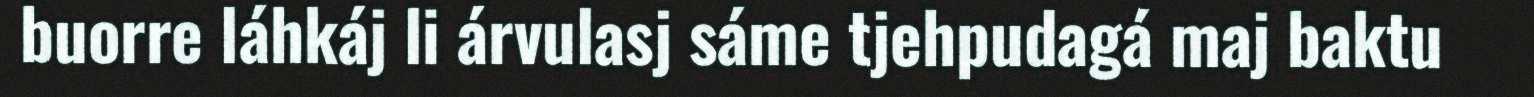
buorre láhkáj li árvulasj sáme tjehpudagá maj baktu